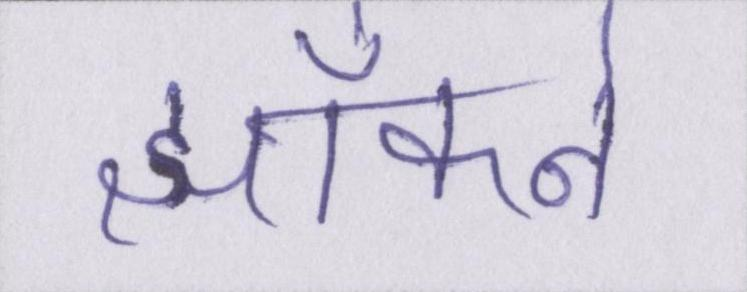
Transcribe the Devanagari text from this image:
झाँकने